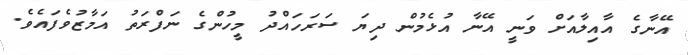
އޭނާގެ އާއިލާއަށް ވަނީ އޭނާ އުޅެމުން ދިޔަ ސަރަހައްދު މީހުންގެ ނަފްރަތު އަމާޒުވެފައެވެ.